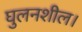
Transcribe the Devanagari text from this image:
घुलनशील।